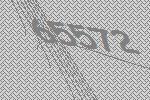
65572